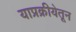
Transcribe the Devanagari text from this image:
याप्रक्रीयेतून